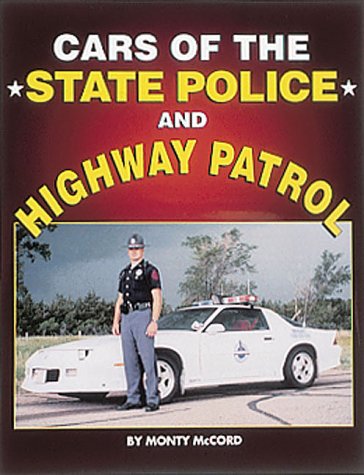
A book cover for Cars of the State Police and Highway Patrol; Monty McCord; Engineering & Transportation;